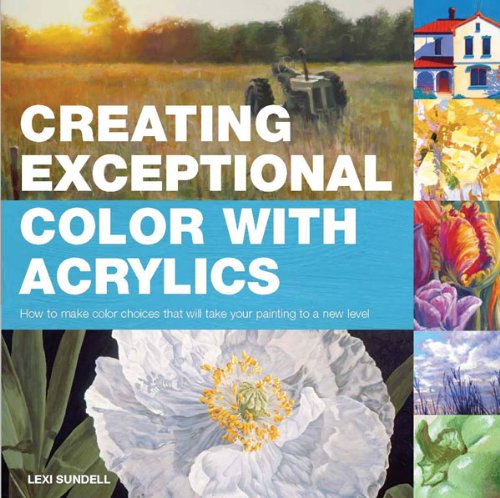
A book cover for Creating Exceptional Color with Acrylics: How to Make Color Choices That Will Take Your Painting to a New Level; Lexi Sundell; Arts & Photography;